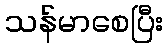
သန်မာစေပြီး